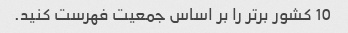
10 کشور برتر را بر اساس جمعیت فهرست کنید.